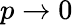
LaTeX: p\rightarrow 0